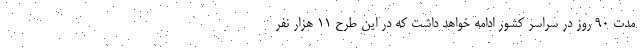
مدت ۹۰ روز در سراسر کشور ادامه خواهد داشت که در این طرح ۱۱ هزار نفر